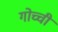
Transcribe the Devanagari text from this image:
गोच्ची